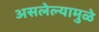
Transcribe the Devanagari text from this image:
असलेल्यामुळे